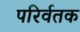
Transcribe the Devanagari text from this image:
परिर्वतक